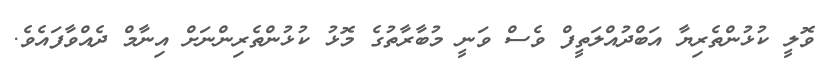
ވޮލީ ކުޅުންތެރިޔާ އަބްދުއްލަތީފް ވެސް ވަނީ މުބާރާތުގެ މޮޅު ކުޅުންތެރިންނަށް އިނާމް ދެއްވާފައެވެ.